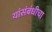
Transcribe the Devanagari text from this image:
यांसंबंधीचा